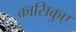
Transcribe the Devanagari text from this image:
कासिकुए